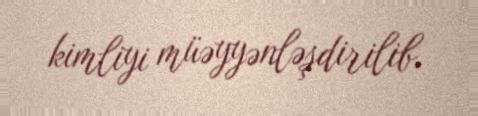
kimliyi müəyyənləşdirilib.